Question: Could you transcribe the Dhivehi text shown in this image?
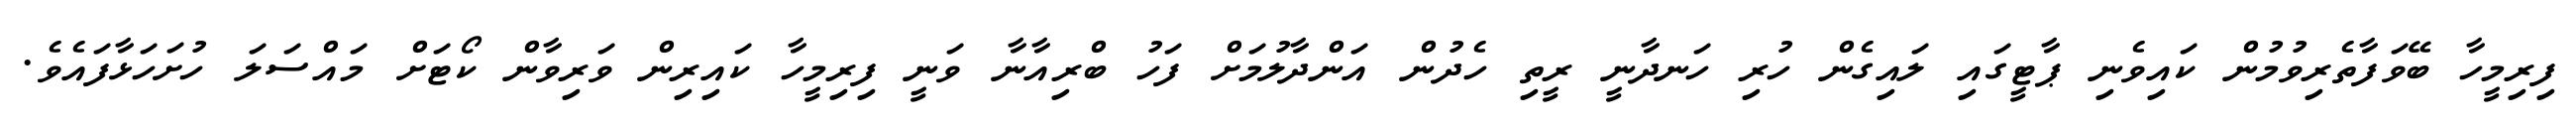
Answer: ފިރިމީހާ ބޭވަފާތެރިވުމުން ކައިވެނި ޕާޓީގައި ލައިގެން ހުރި ހަނދާނީ ރީތި ހެދުން އަންދާލުމަށް ފަހު ބްރިއާނާ ވަނީ ފިރިމީހާ ކައިރިން ވަރިވާން ކޯޓަށް މައްސަލަ ހުށަހަޅާފައެވެ.